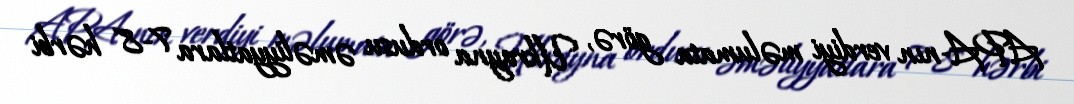
APA-nın verdiyi məlumata görə, Ukrayna ordusu əməliyyatlara 7-8 hərbi